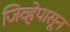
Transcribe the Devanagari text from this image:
जिव्हेपासून